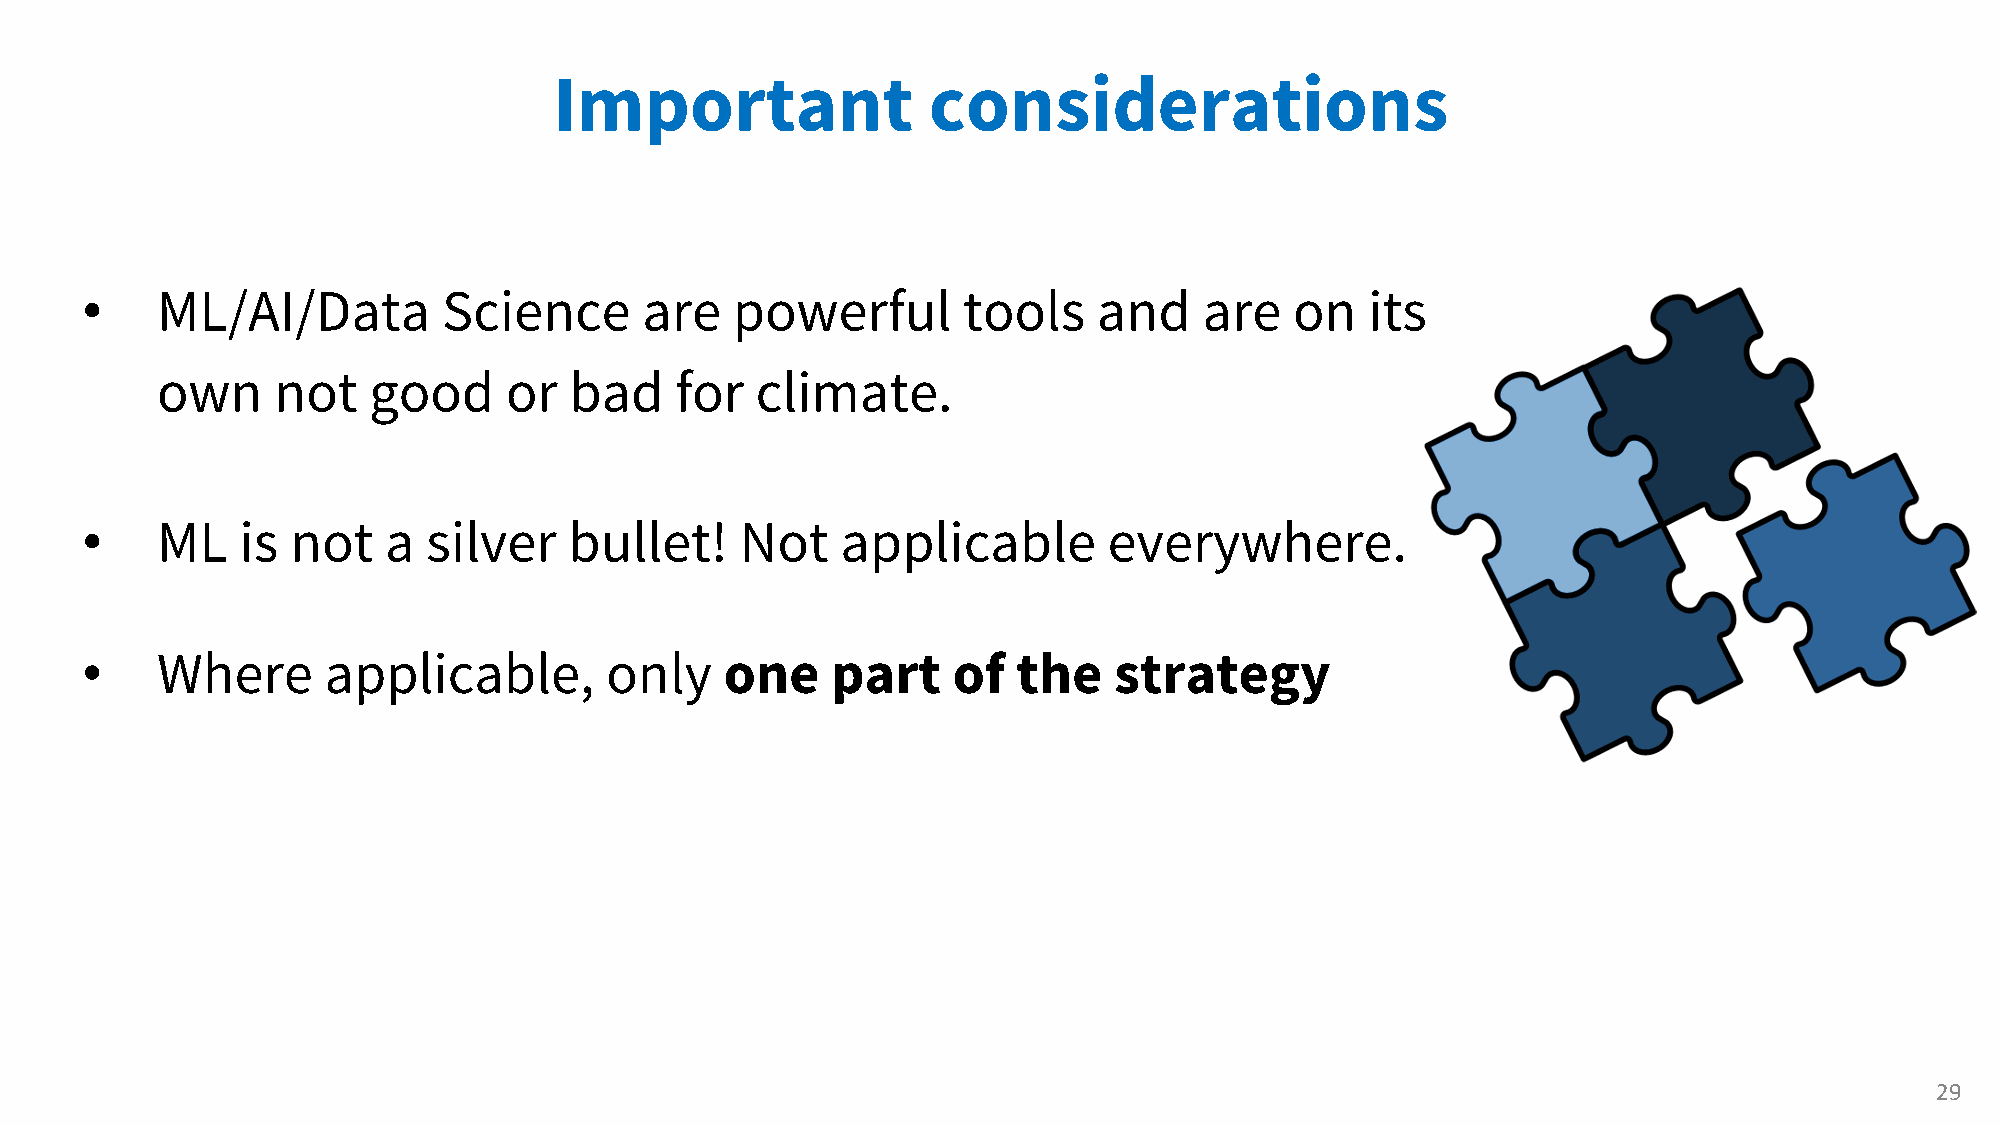
Important               considerations
 •    ML/AI/Data         Science       are  powerful        tools    and    are   on   its
 own     not   good     or   bad    for  climate.
 •    ML    is not   a  silver    bullet!    Not    applicable       everywhere.
 •    Where      applicable,        only    one    part    of  the    strategy
 29